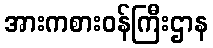
အားကစားဝန်ကြီးဌာန